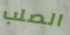
الصلب